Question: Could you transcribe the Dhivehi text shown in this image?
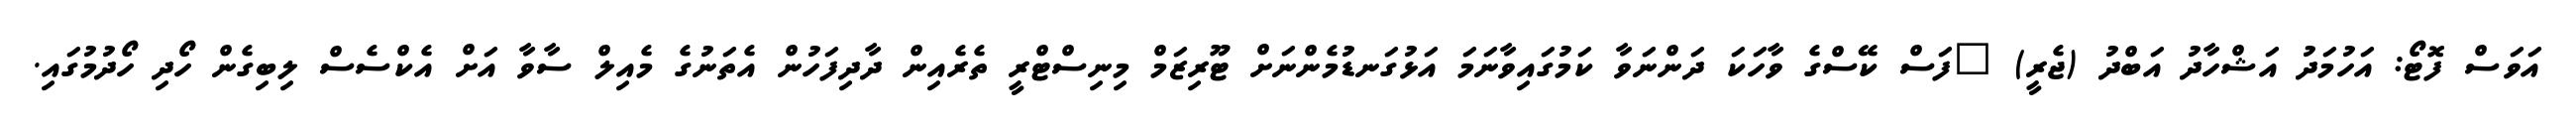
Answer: އަވަސް ފޮޓޯ: އަހުމަދު އަޝްހާދު އަބްދު (ޖެރީ) "ފަސް ކޭސްގެ ވާހަކަ ދަންނަވާ ކަމުގައިވާނަމަ އަޅުގަނޑުމެންނަށް ޓޫރިޒަމް މިނިސްޓްރީ ތެރެއިން ދާދިފަހުން އެތަނުގެ މެއިލް ސާވާ އަށް އެކްސެސް ލިބިގެން ހޯދި ހޯދުމުގައި.